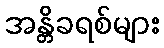
အန္တိခရစ်များ